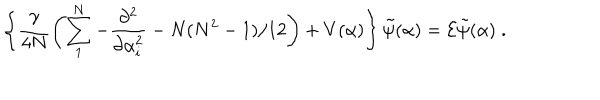
\left\{ \frac { \gamma } { 4 N } \left( \sum _ { 1 } ^ { N } - \frac { \partial ^ { 2 } } { \partial \alpha _ { i } ^ { 2 } } - N ( N ^ { 2 } - 1 ) / 1 2 \right) + V ( \alpha ) \right\} \tilde { \psi } ( \alpha ) = { \cal E } \tilde { \psi } ( \alpha ) \; .